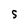
Character: S